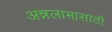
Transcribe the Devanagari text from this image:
अन्नलाभासाठी